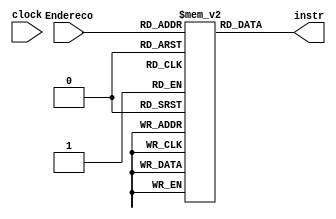
/*
Implementao em Verilog dos componentes do nRisc que armazenam estado.
Aluno: Alexandre Roque.
Disciplina: Arquitetura e Organizao de Computadores.
Professor: Mateus Felipe Tymburib Ferreira.
*/
module MemInstrucao(Endereco, instr, clock);
    input clock;
	 input [7:0] Endereco;
    integer i;
    output [7:0] instr;
	 reg [7:0] memoria [255:0];


    //initial $readmemb("C:/Users/alexa/Documents/programEmBinario.txt",memoria);

    /*always begin
        @(posedge clock)
            instr <= memoria[endereco];
    end//always*/

    assign instr = memoria[Endereco];

endmodule